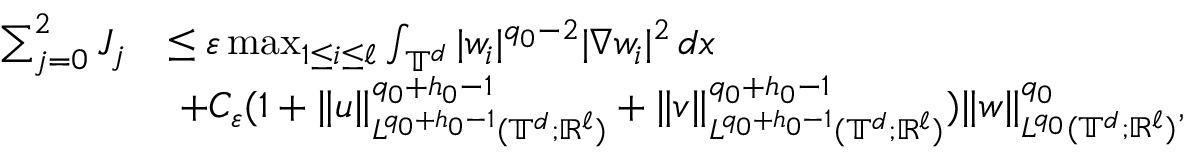
\begin{array} { r l } { \sum _ { j = 0 } ^ { 2 } J _ { j } } & { \leq \varepsilon \operatorname* { m a x } _ { 1 \leq i \leq \ell } \int _ { \mathbb { T } ^ { d } } | w _ { i } | ^ { q _ { 0 } - 2 } | \nabla w _ { i } | ^ { 2 } \, d x } \\ & { \ + C _ { \varepsilon } ( 1 + \| u \| _ { L ^ { q _ { 0 } + h _ { 0 } - 1 } ( \mathbb { T } ^ { d } ; { \mathbb R } ^ { \ell } ) } ^ { q _ { 0 } + h _ { 0 } - 1 } + \| v \| _ { L ^ { q _ { 0 } + h _ { 0 } - 1 } ( \mathbb { T } ^ { d } ; { \mathbb R } ^ { \ell } ) } ^ { q _ { 0 } + h _ { 0 } - 1 } ) \| w \| _ { L ^ { q _ { 0 } } ( \mathbb { T } ^ { d } ; { \mathbb R } ^ { \ell } ) } ^ { q _ { 0 } } , } \end{array}